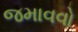
જમાવવો